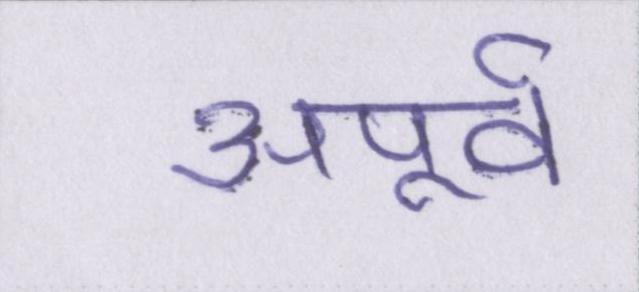
अपूर्व